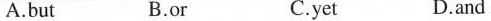
A.but B.or C.yet D.and